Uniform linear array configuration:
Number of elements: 12
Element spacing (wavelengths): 0.75
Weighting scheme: hann
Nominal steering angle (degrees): -15
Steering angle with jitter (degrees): -16.236
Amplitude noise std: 0.05
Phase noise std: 0.05

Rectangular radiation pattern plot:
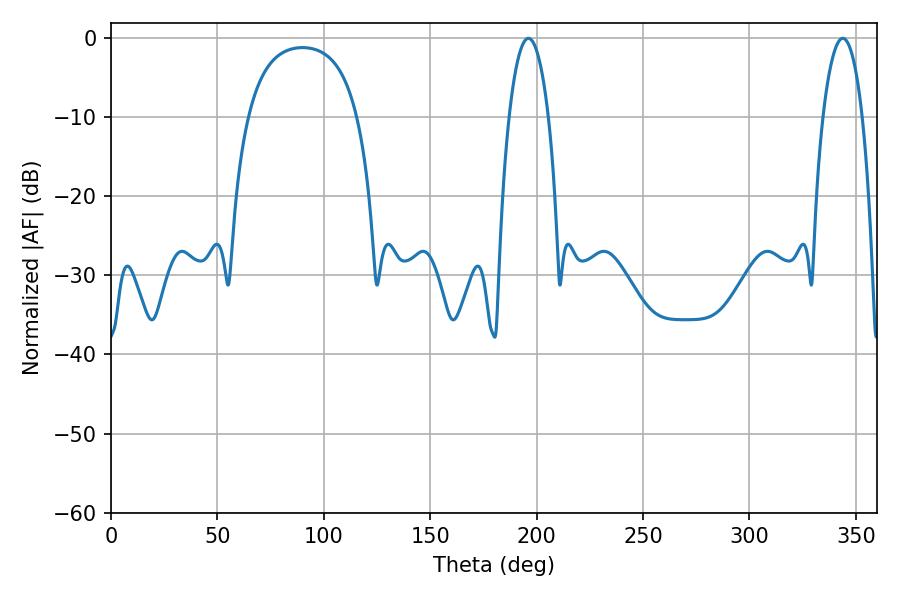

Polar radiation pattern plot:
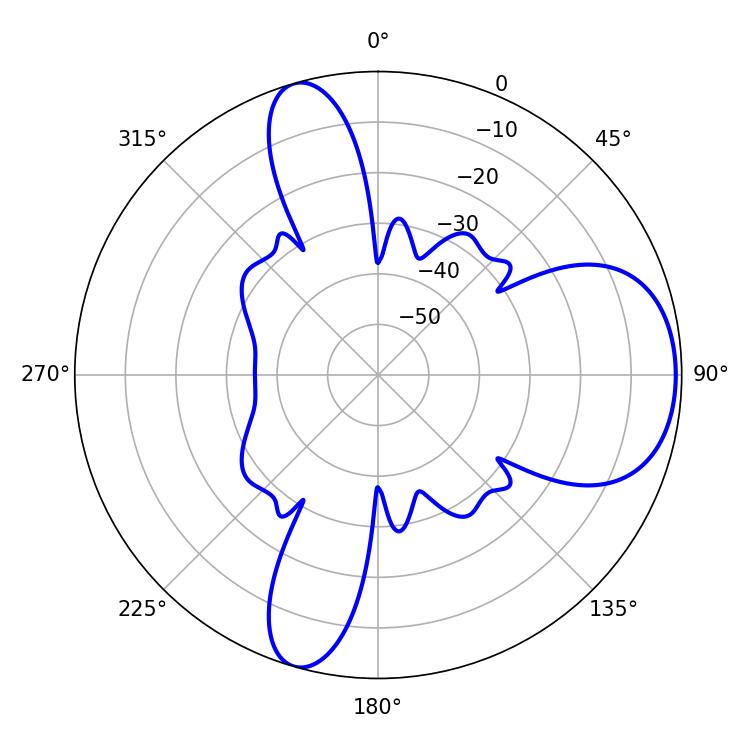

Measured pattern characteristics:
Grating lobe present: TRUE
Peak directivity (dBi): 7.611
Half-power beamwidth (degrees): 10.44
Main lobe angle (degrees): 196.2